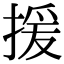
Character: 援